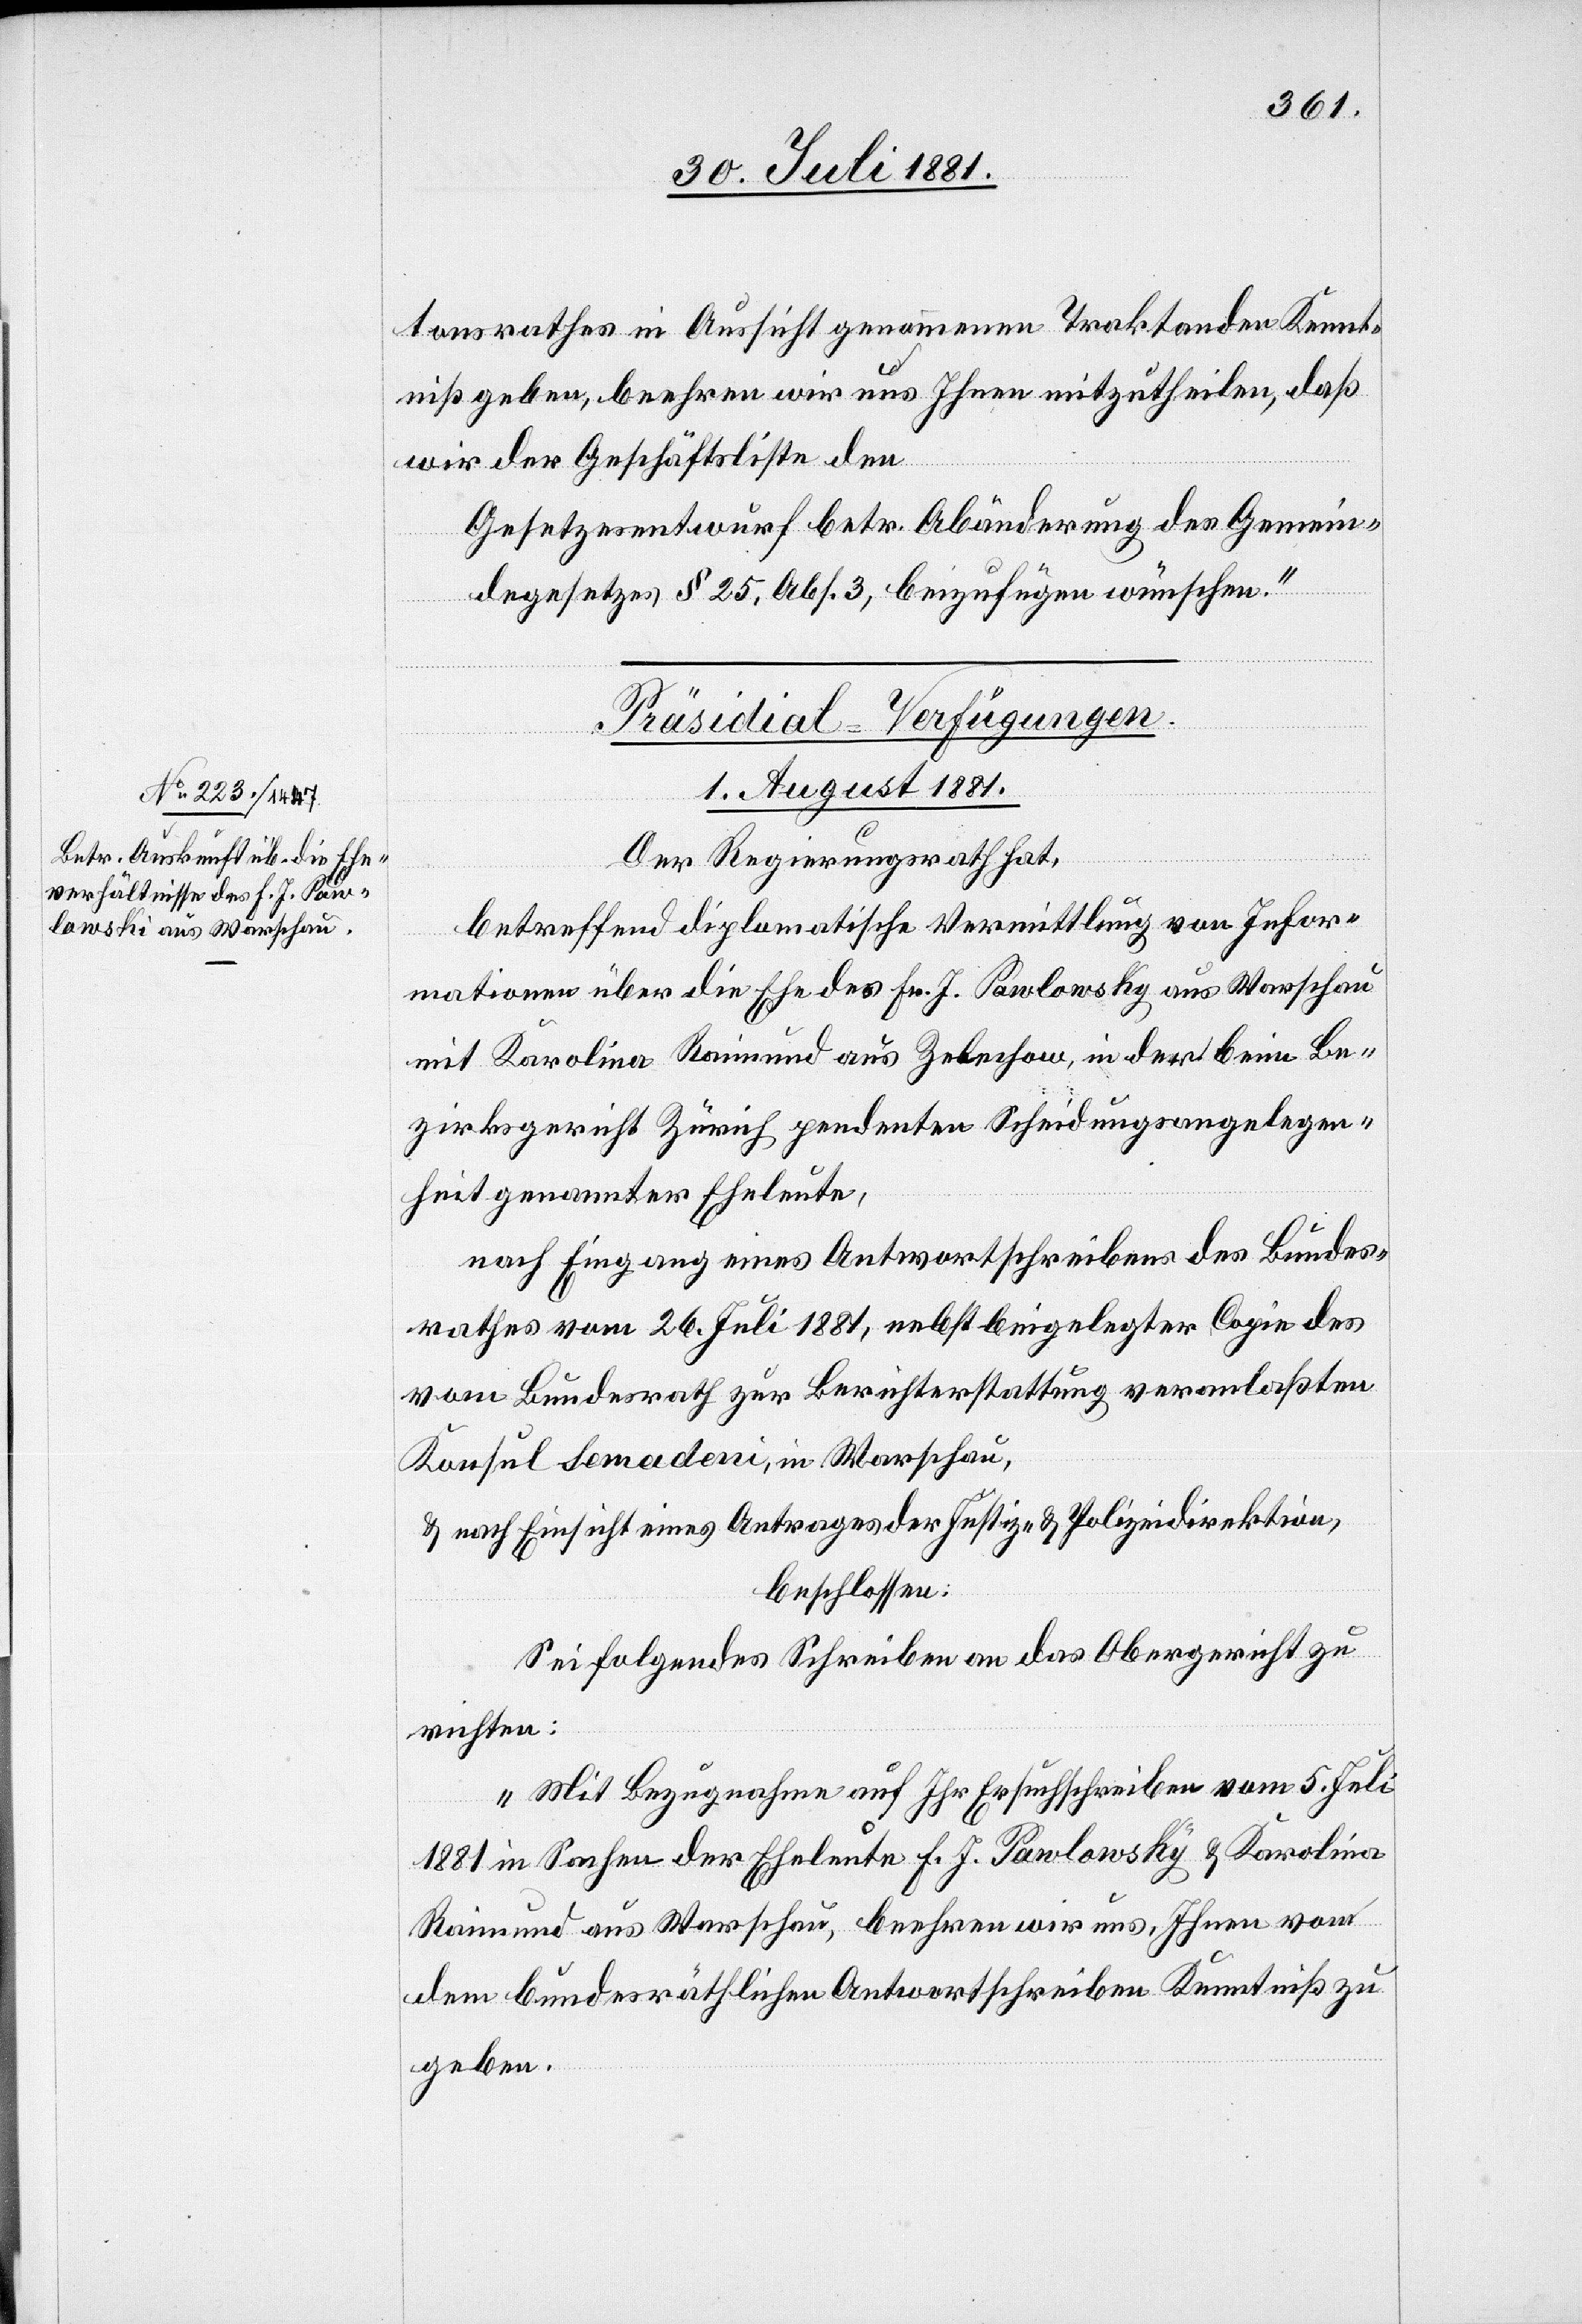
tonsrathes in Aussicht genommenen Traktanden Kennt¬
niß geben, beehren wir uns Ihnen mitzutheilen, daß
wir der Geschäftsliste den
Gesetzesentwurf betr. Abänderung des Gemein¬
degesetzes, § 25, Abs. 3, beizufügen wünschen.“
Präsidial-Verfügungen.
1. August 1881.
Der Regierungsrath hat,
betreffend diplomatische Vermittlung von Infor¬
mationen über die Ehe des Fr. J. Pawlonsky [sic!] aus Warschau
mit Karolina Raimund aus Zelechow, in der beim Be¬
zirksgericht Zürich pendenten Scheidungsangelegen¬
heit genannter Eheleute,
nach Eingang eines Antwortschreibens des Bundes¬
rathes vom 26. Juli 1881, nebst beigelegter Copie des
vom Bundesrath zur Berichterstattung veranlaßten
Konsul Semadeni, in Warschau,
& nach Einsicht eines Antrages der Justiz- & Polizeidirektion,
beschlossen:
Sei folgendes Schreiben an das Obergericht zu
richten:
„Mit Bezugnahme auf Ihr Ersuchschreiben vom 5. Juli
1881 in Sachen der Eheleute F. J. Pawlowsky & Karolina
Raimund aus Warschau, beehren wir uns, Ihnen von
dem bundesräthlichen Antwortschreiben Kenntniß zu
geben.